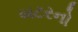
બટરનો